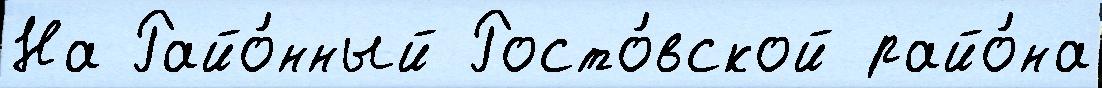
На Райо́нный Росто́вской райо́на